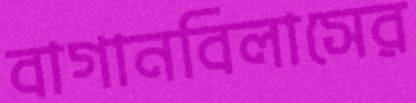
বাগানবিলাসের